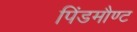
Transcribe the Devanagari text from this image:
पिंडमौण्ट